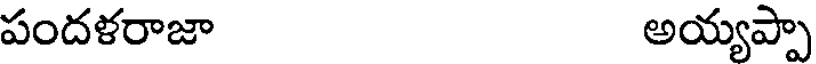
పందళరాజా అయ్యప్పా